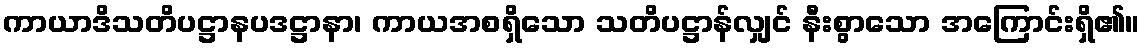
ကာယာဒိသတိပဋ္ဌာနပဒဋ္ဌာနာ၊ ကာယအစရှိသော သတိပဋ္ဌာန်လျှင် နီးစွာသော အကြောင်းရှိ၏။